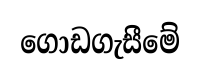
ගොඩගැසීමේ